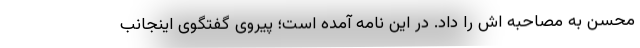
محسن به مصاحبه اش را داد. در این نامه آمده است؛ پیروی گفتگوی اینجانب